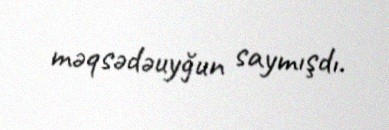
məqsədəuyğun saymışdı.